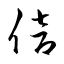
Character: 倍